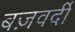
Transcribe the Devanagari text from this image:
बज़वर्दी